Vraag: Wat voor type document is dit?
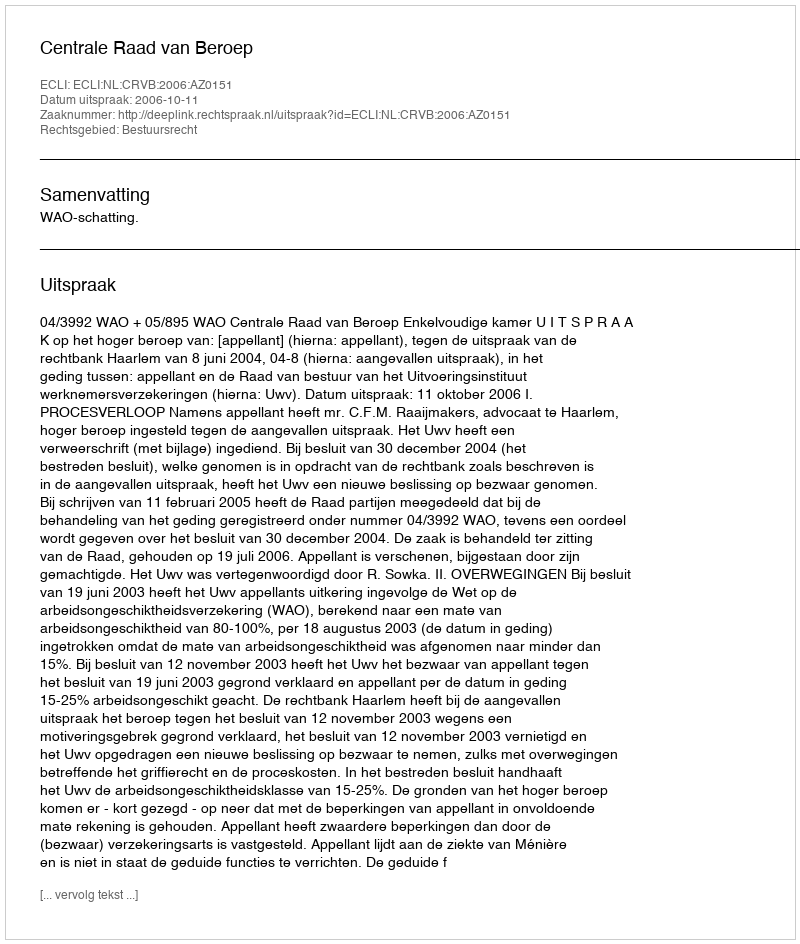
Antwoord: Uitspraak